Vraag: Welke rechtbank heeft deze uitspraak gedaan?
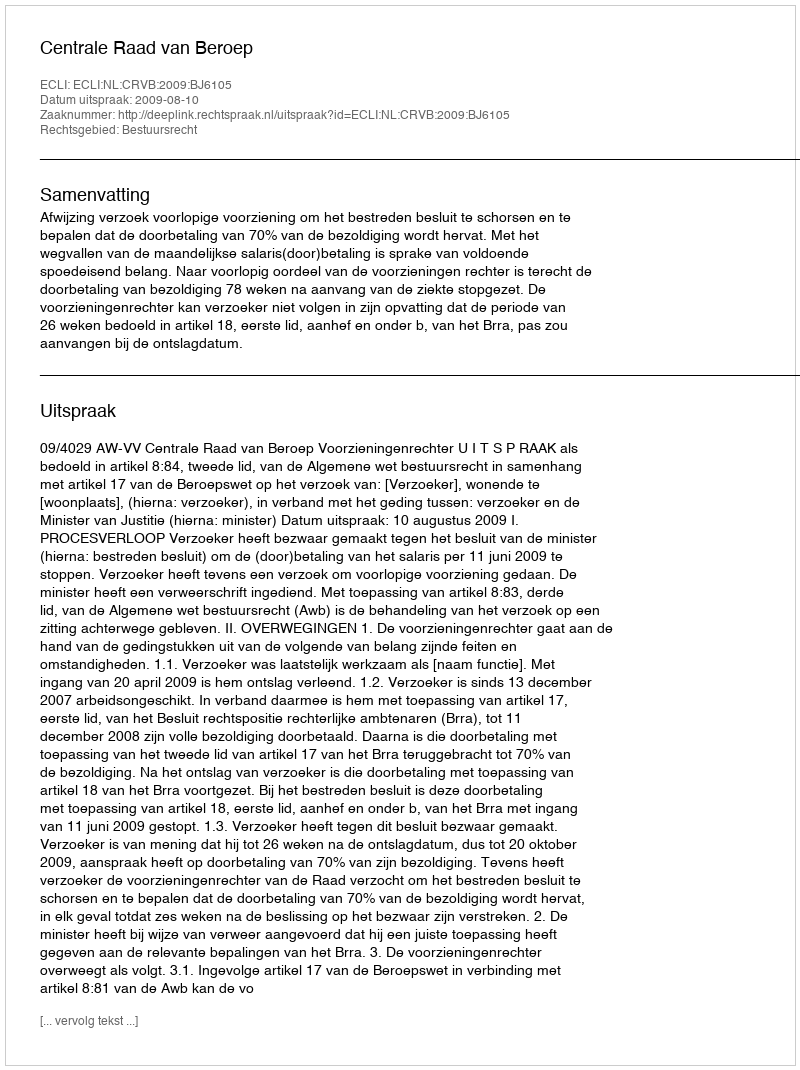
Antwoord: Centrale Raad van Beroep